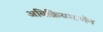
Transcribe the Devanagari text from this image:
अविक्रियमाणेन